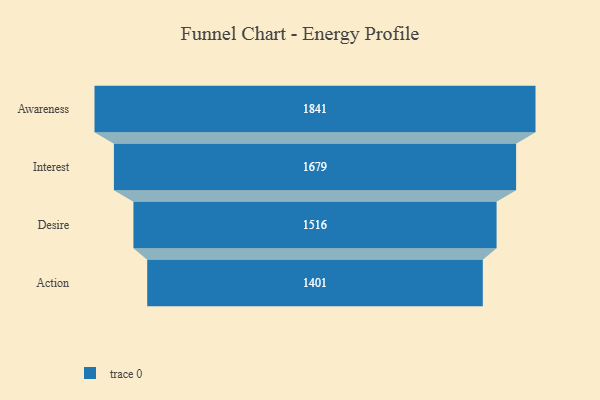
{"axis": {"x": "Stage", "y": "Value"}, "legend": [""], "data": [{"x": "Awareness", "y": 1841.0, "type": ""}, {"x": "Interest", "y": 1679.0, "type": ""}, {"x": "Desire", "y": 1516.0, "type": ""}, {"x": "Action", "y": 1401.0, "type": ""}]}